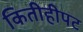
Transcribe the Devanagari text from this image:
कितीहीपट